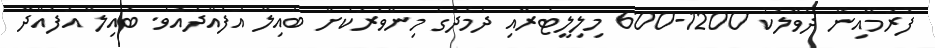
ފުރަމޭއިން ދުވާލަކު 1200-600 މިލިލީޓަރާއި ދެމެދުގެ މިންވަރަކަށް ބައިލް އުފައްދައެވެ. ބައިލް އުފައްދާ